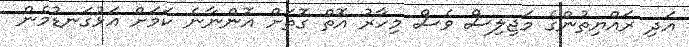
އަދި ރައްޔިތުންގެ މަޖިލިސް ވެސް މިހާރު އޮތް ގޮތަށް އޮންނާނެ ކަމަށް އަޅުގަނޑުމެން